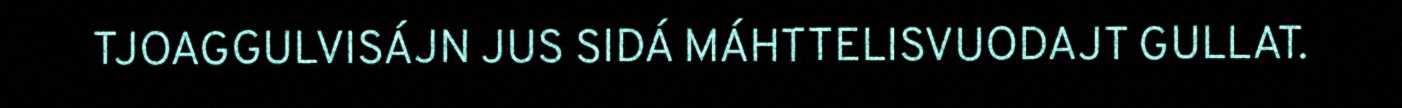
TJOAGGULVISÁJN JUS SIDÁ MÁHTTELISVUODAJT GULLAT.